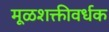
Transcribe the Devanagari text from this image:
मूळशक्तीवर्धक